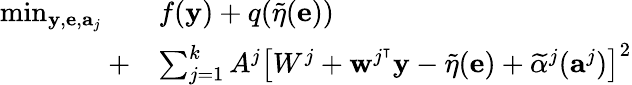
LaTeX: \begin{array}{rl}{\operatorname*{min}_{\mathbf{y},\mathbf{e},\mathbf{a}_{j}}\quad}&{f(\mathbf{y})+q(\widetilde{\eta}(\mathbf{e}))}\\ {+}&{\sum_{j=1}^{k}A^{j}\left[W^{j}+\mathbf{w}^{j^{\intercal}}\mathbf{y}-\widetilde{\eta}(\mathbf{e})+\widetilde{\alpha}^{j}(\mathbf{a}^{j})\right]^{2}}\end{array}